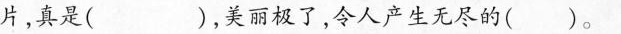
片，真是( )，美丽极了，令人产生无尽的 ( )。